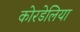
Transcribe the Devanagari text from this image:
कोरडेलिया